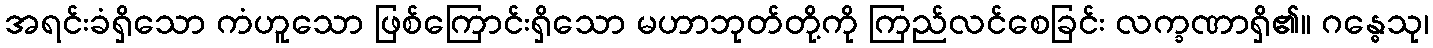
အရင်းခံရှိသော ကံဟူသော ဖြစ်ကြောင်းရှိသော မဟာဘုတ်တို့ကို ကြည်လင်စေခြင်း လက္ခဏာရှိ၏။ ဂန္ဓေသု၊